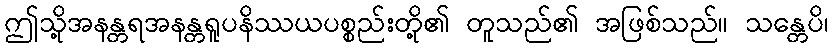
ဤသို့အနန္တရအနန္တရူပနိဿယပစ္စည်းတို့၏ တူသည်၏ အဖြစ်သည်။ သန္တေပိ၊